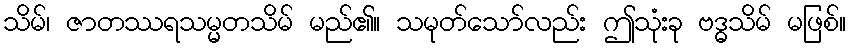
သိမ်၊ ဇာတဿရသမ္မတသိမ် မည်၏။ သမုတ်သော်လည်း ဤသုံးခု ဗဒ္ဓသိမ် မဖြစ်။